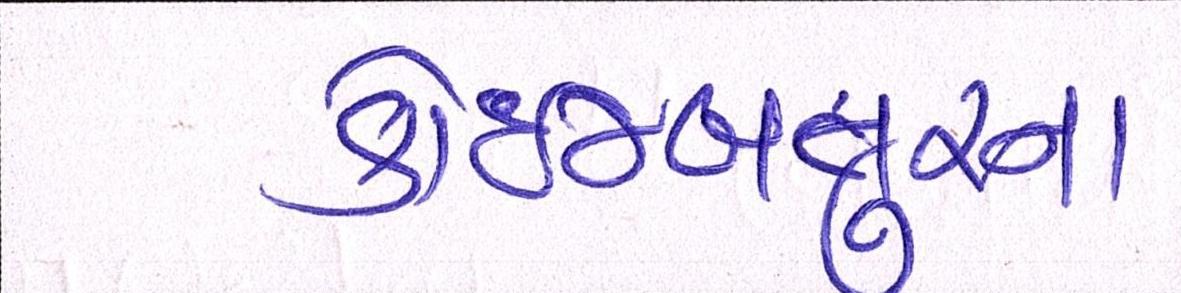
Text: કોઇમ્બતુરના